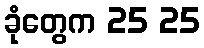
ခုံတွေက 25 25